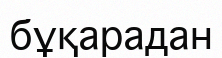
бұқарадан